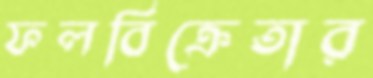
ফলবিক্রেতার